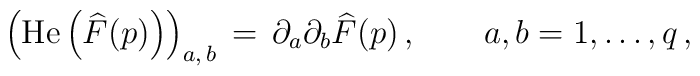
\left ( \mbox{\rm He}\left ( \widehat{F}(p) \right )\right)_{a,\,b} \,=\,\partial_a\partial_b \widehat{F}(p)\,,\qquad a,b=1,\dots ,q\,,